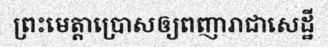
ព្រះមេត្តាប្រោសឲ្យពញារាជាសេដ្ឋី